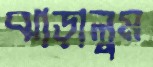
ঝাড়ালুম